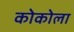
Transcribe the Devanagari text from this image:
कोकोला